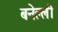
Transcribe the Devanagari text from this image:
बनेल्ली